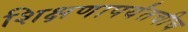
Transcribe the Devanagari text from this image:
शिक्षणापर्यंतचीच